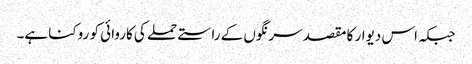
جبکہ اس دیوار کا مقصد سرنگوں کے راستے حملے کی کاروائی کو روکنا ہے۔